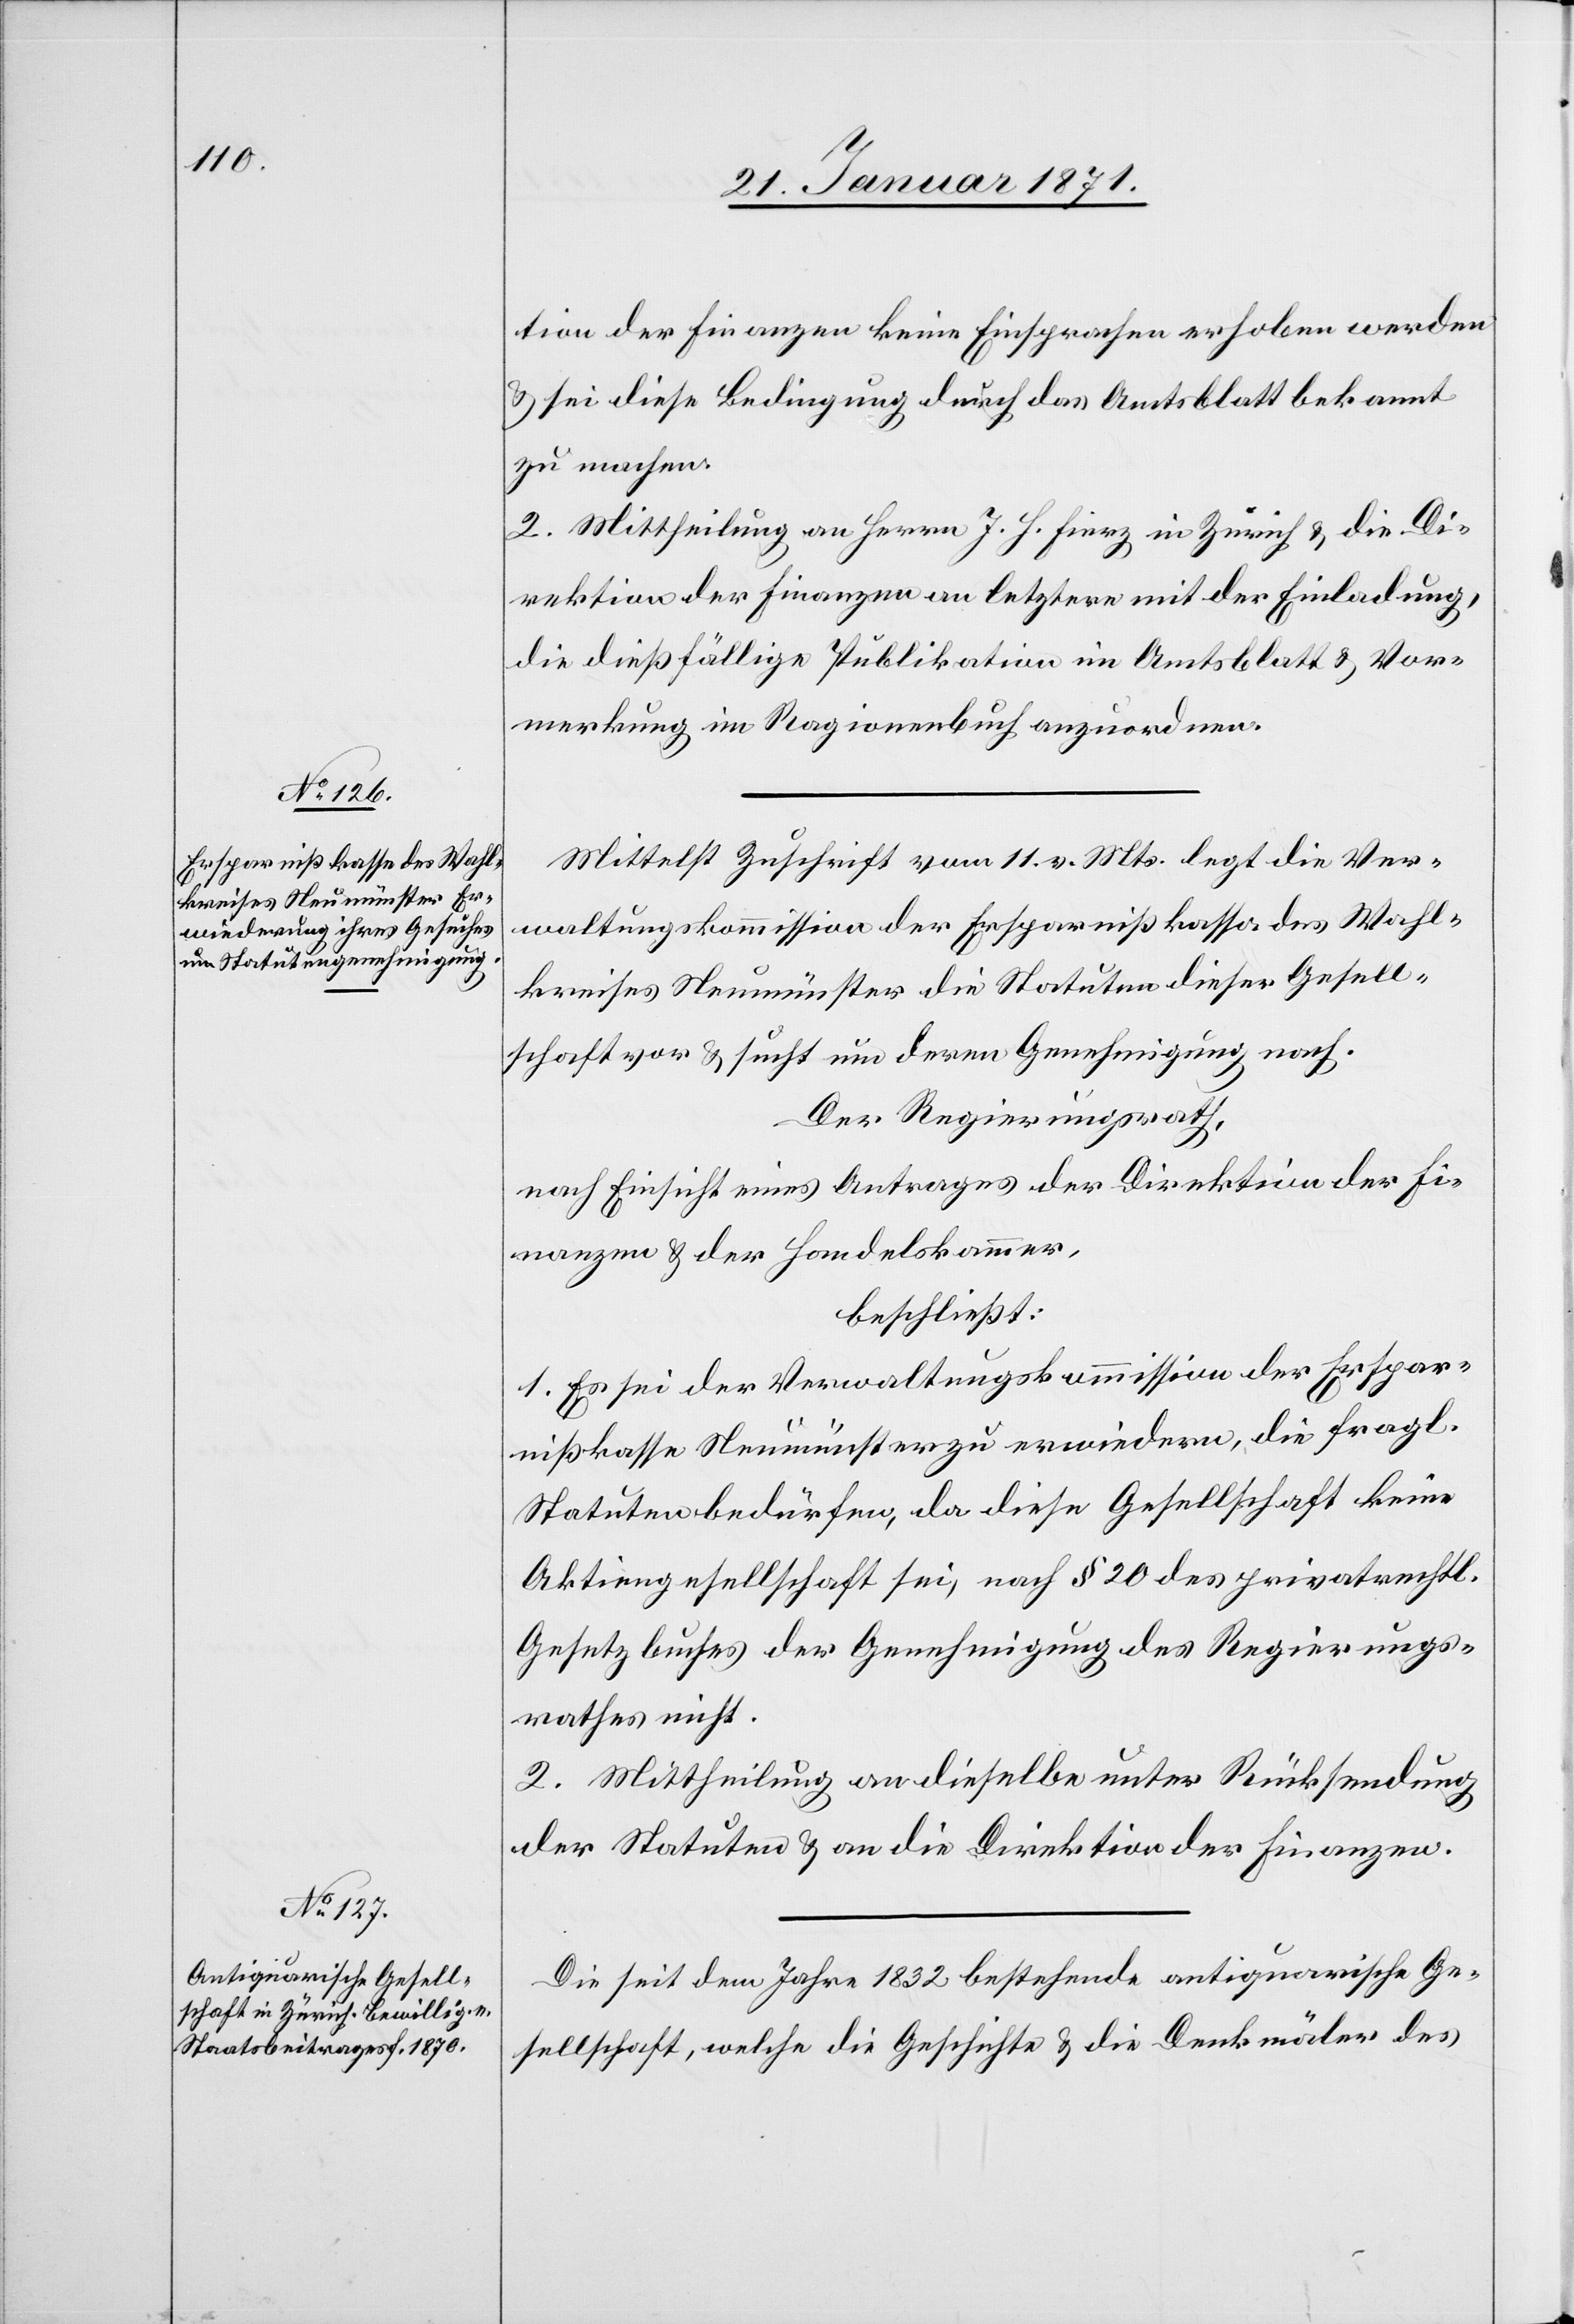
tion der Finanzen keine Einsprachen erhoben werden
u. sei diese Bedingung durch das Amtsblatt bekannt
zu machen.
2. Mittheilung an Herrn J. H. Fierz in Zürich u. die Di¬
rektion der Finanzen an letztere mit der Einladung,
die dießfällige Publikation im Amtsblatt u. Vor¬
merkung im Ragionenbuch anzuordnen.
Mittelst Zuschrift vom 11. v. Mts. legt die Ver¬
waltungskommission der Ersparnißkasse des Wahl¬
kreises Neumünster die Statuten dieser Gesell¬
schaft vor u. sucht um deren Genehmigung nach.
Der Regierungsrath,
nach Einsicht eines Antrages der Direktion der Fi¬
nanzen u. der Handelskammer,
beschließt:
1. Es sei der Verwaltungskommission der Erspar¬
nißkasse Neumünster zu erwiedern, die fragl.
Statuten bedürfen, da diese Gesellschaft keine
Aktiengesellschaft sei, nach § 20 des privatrechtl.
Gesetzbuches der Genehmigung des Regierungs¬
rathes nicht.
2. Mittheilung an dieselbe unter Rücksendung
der Statuten u. an die Direktion der Finanzen.
Die seit dem Jahre 1832 bestehende antiquarische Ge¬
sellschaft, welche die Geschichte u. die Denkmäler des